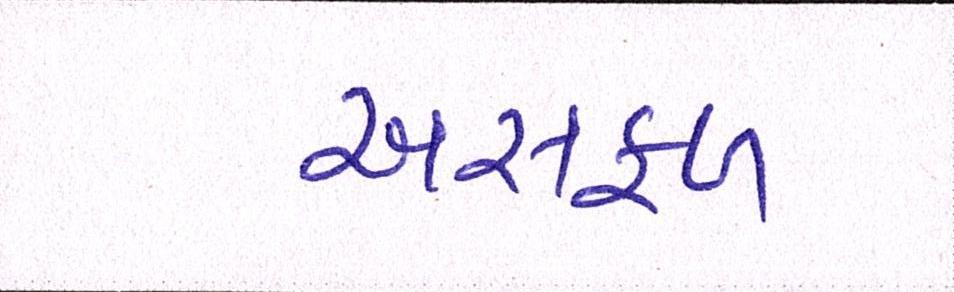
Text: અસફળ